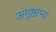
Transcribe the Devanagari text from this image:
अंगुष्ठाभ्यं